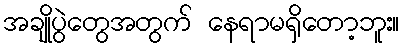
အချိုပွဲတွေအတွက် နေရာမရှိတော့ဘူး။